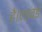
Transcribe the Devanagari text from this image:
है।एडवर्ड